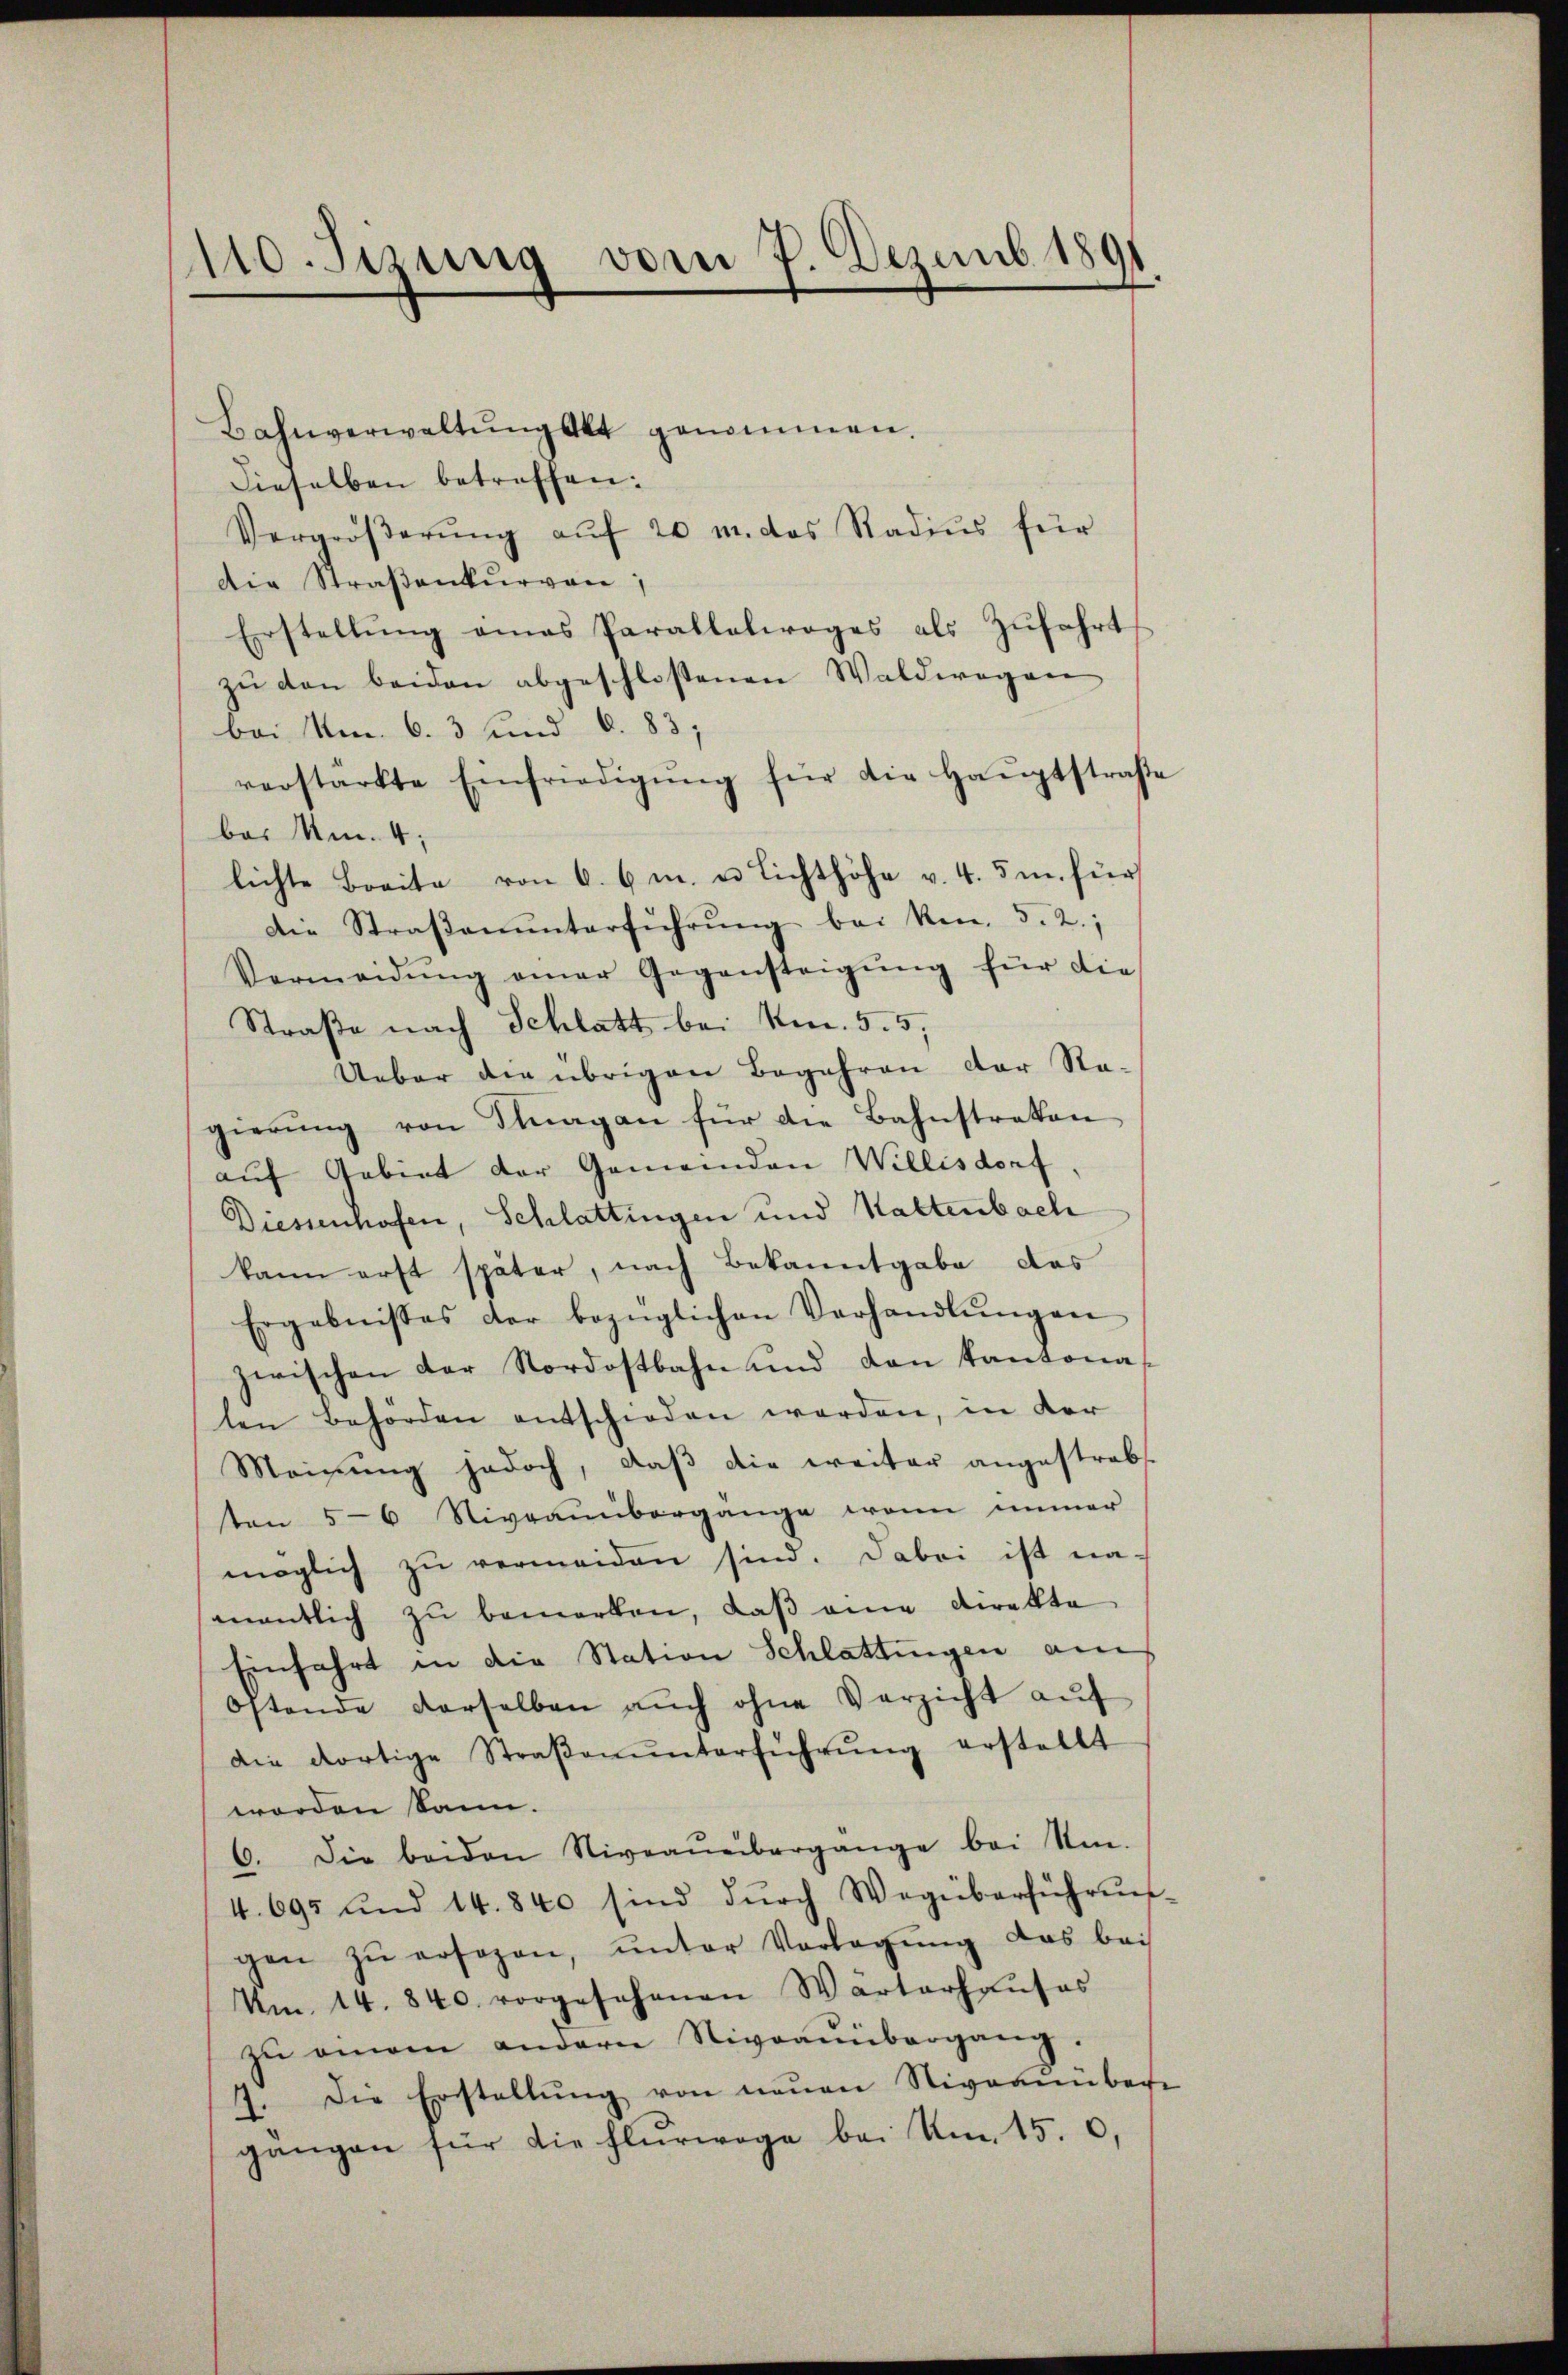
110. Setzung vom 7. Dezemb. 1891.

Bahnverwaltŭng alt genommen.
Dieselben betroffen:
Vergröβerŭng aŭf 20 m. das Radiŭs für
Die Straβenkŭrvon
Erstellung eines Parallelwages als Zufahrt
zŭ den beiden abgeschlossenen Waldwegen
bei Am 6. 3 und 6. 83,
verstärkte Einfriedigŭng für die Haŭptstraβe
be. Um 4;
lichte Breite von 6. 6m. u. Lichthöhe v. 4. 5m. für
Die Straβenŭnterführŭng bei kn. 5. 2;
Vermeidŭng einer Gegensteigŭng für die
Straße nach Schlatt bei No. 5. 5,
Ueber die übrigen Begehren der Sta-
gierŭng von Dragan für die Bahnstraten
auf Gebiet der Gemeinden Willisdorf
Diessenhofen, Schlattingen und Haltenbach
kann erst später, nach Bekanntgabe das
Ergebnisses der bezüglichen Verhandlŭngen
zwischen der Nordostbahn und den Kantona
ten Behörden entschieden worden, in der
Meinung jedoch, daß die weiter angestrebs
ten 5-6 Niveaŭmbergange wann immer
möglich zŭ vermeiden sind. Dabei ist na-
mnentlich zŭ bemerken, daβ eine Direkte
Einfahrt in die Station Schlattingen am
Ostende derselben aŭch ohne Verzicht aŭf
die dortige Straβenŭnterführŭng erstellt
worden kann.
6. Die beiden Niveaŭübergange bei Um-
4. 695 und 14. 840 sind dŭrch Wegüberführen.
gen zŭ ersagen, ŭnter Vorlegŭng das bei
Um 14. 840. vorgesehenen Warterhaŭses
zŭ einem andern Niveaŭübergang.
7. Die Erstellŭng von neuen Niveauübere
gangen für die Flurwege bei Um 15. 6.